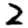
Digit: 2